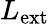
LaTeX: L_{\mathrm{ext}}